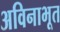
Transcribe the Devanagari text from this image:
अविनाभूत